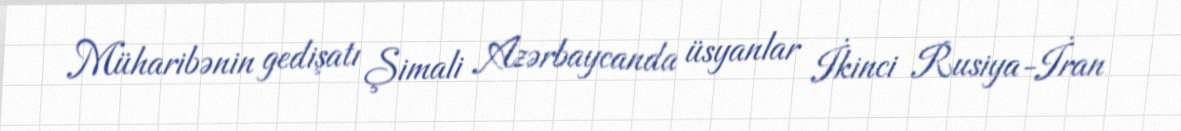
Müharibənin gedişatı Şimali Azərbaycanda üsyanlar İkinci Rusiya-İran